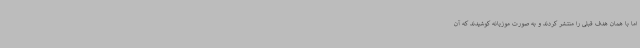
اما با همان هدف قبلی را منتشر کردند و به صورت موزیانه کوشیدند که آن